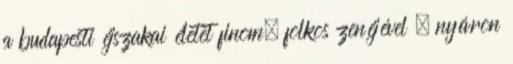
a budapesti éjszakai életet finom, folkos zenéjével – nyáron